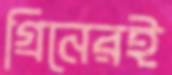
গ্রিনেরই